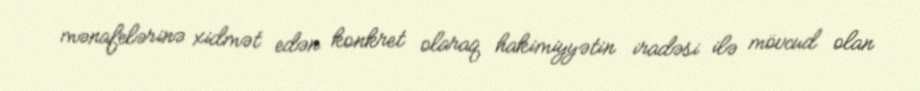
mənafelərinə xidmət edən konkret olaraq hakimiyyətin iradəsi ilə mövcud olan